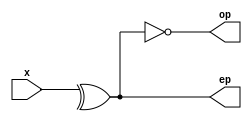
`timescale 1ns / 1ps

module parity_gen_9b_dataflow(
    input   wire [8:0]  x,
    output  wire        ep, 
    output  wire        op
    );
    
    //assign ep = x[0] ^ x[1] ^ x[2] ^ x[3] ^ x[4] ^ x[5] ^ x[6] ^ x[7] ^ x[8];
    //assign op = ~(x[0] ^ x[1] ^ x[2] ^ x[3] ^ x[4] ^ x[5] ^ x[6] ^ x[7] ^ x[8]);
    
    assign ep = ^x;
    assign op = ~ep;

endmodule